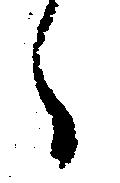
々